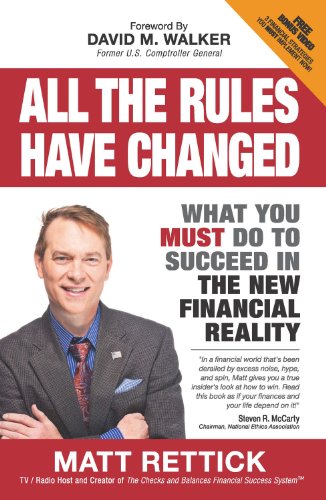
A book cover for All the Rules Have Changed: What You Must Do to Succeed in the New Financial Reality; Matthew J. Rettick; Business & Money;